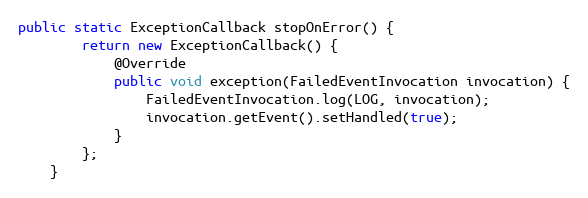
Language: Java
public static ExceptionCallback stopOnError() {
        return new ExceptionCallback() {
            @Override
            public void exception(FailedEventInvocation invocation) {
                FailedEventInvocation.log(LOG, invocation);
                invocation.getEvent().setHandled(true);
            }
        };
    }